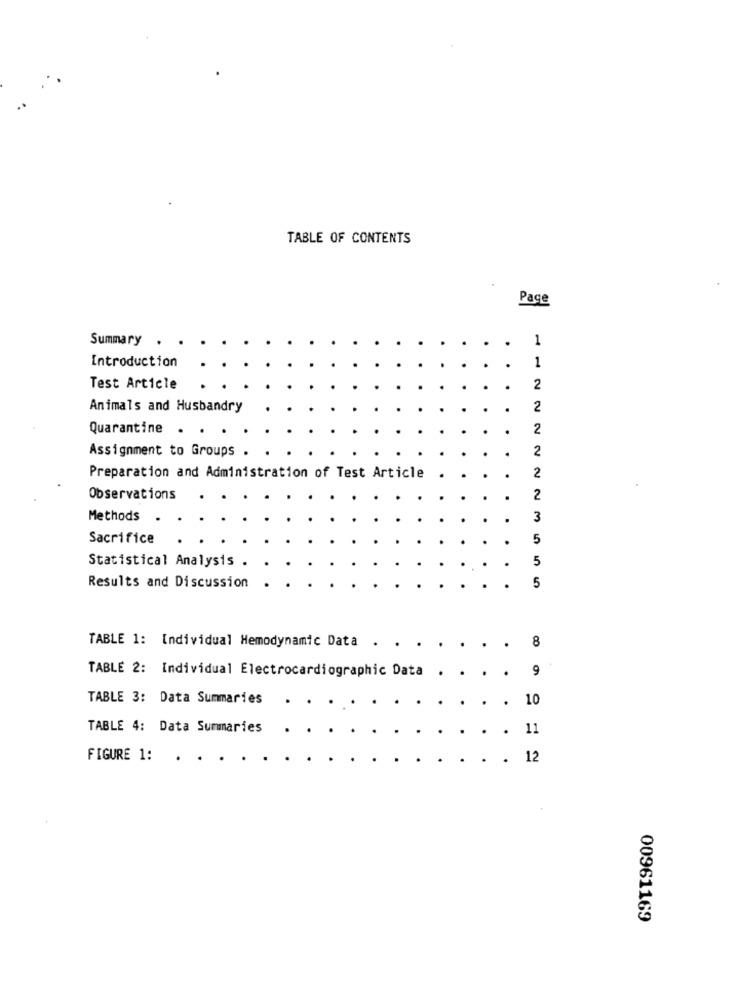
TABLE OF CONTENTS
Page
Summary
1
1
Introduction
Test Article
2
Animals and Husbandry
2
Quarantine . .
2
2
Assignment to Groups .
2
Preparation and Administration of Test Article
Observations
2
Methods
3
Sacrifice
5
Statistical Analysis .
5
5
Results and Discussion
TABLE 1: Individual Hemodynamic Data
.
8
9
TABLE 2: Individual Electrocardiogramc Data
TABLE 3: Data Summaries
10
TABLE 4: Data Summaries
. 11
FIGURE 1:
. . 12
00961169